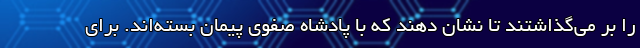
را بر می‌گذاشتند تا نشان دهند که با پادشاه صفوی پیمان بسته‌اند. برای